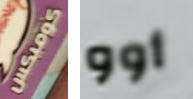
كوميكس أوو